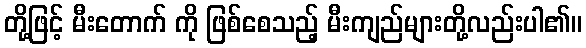
တို့ဖြင့် မီးတောက် ကို ဖြစ်စေသည့် မီးကျည်များတို့လည်းပါ၏။